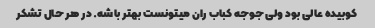
کوبیده عالی بود ولی جوجه کباب ران میتونست بهتر باشه. در هر حال تشکر